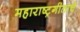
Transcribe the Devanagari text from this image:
महाराष्ट्रगीताचे